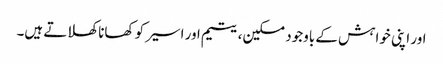
اور اپنی خواہش کے باوجود مسکین، یتیم اور اسیر کو کھانا کھلاتے ہیں۔